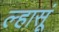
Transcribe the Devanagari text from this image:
ल्हासूं